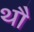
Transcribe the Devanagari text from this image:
थौ